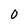
Character: 0